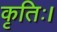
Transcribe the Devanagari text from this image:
कृतिः।